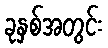
ခုနှစ်အတွင်း